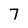
Character: 7